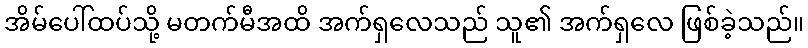
အိမ်ပေါ်ထပ်သို့ မတက်မီအထိ အက်ရှလေသည် သူ၏ အက်ရှလေ ဖြစ်ခဲ့သည်။